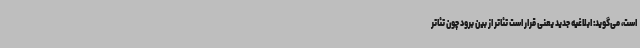
است، می‌گوید: ابلاغیه جدید یعنی قرار است تئاتر از بین برود چون تئاتر